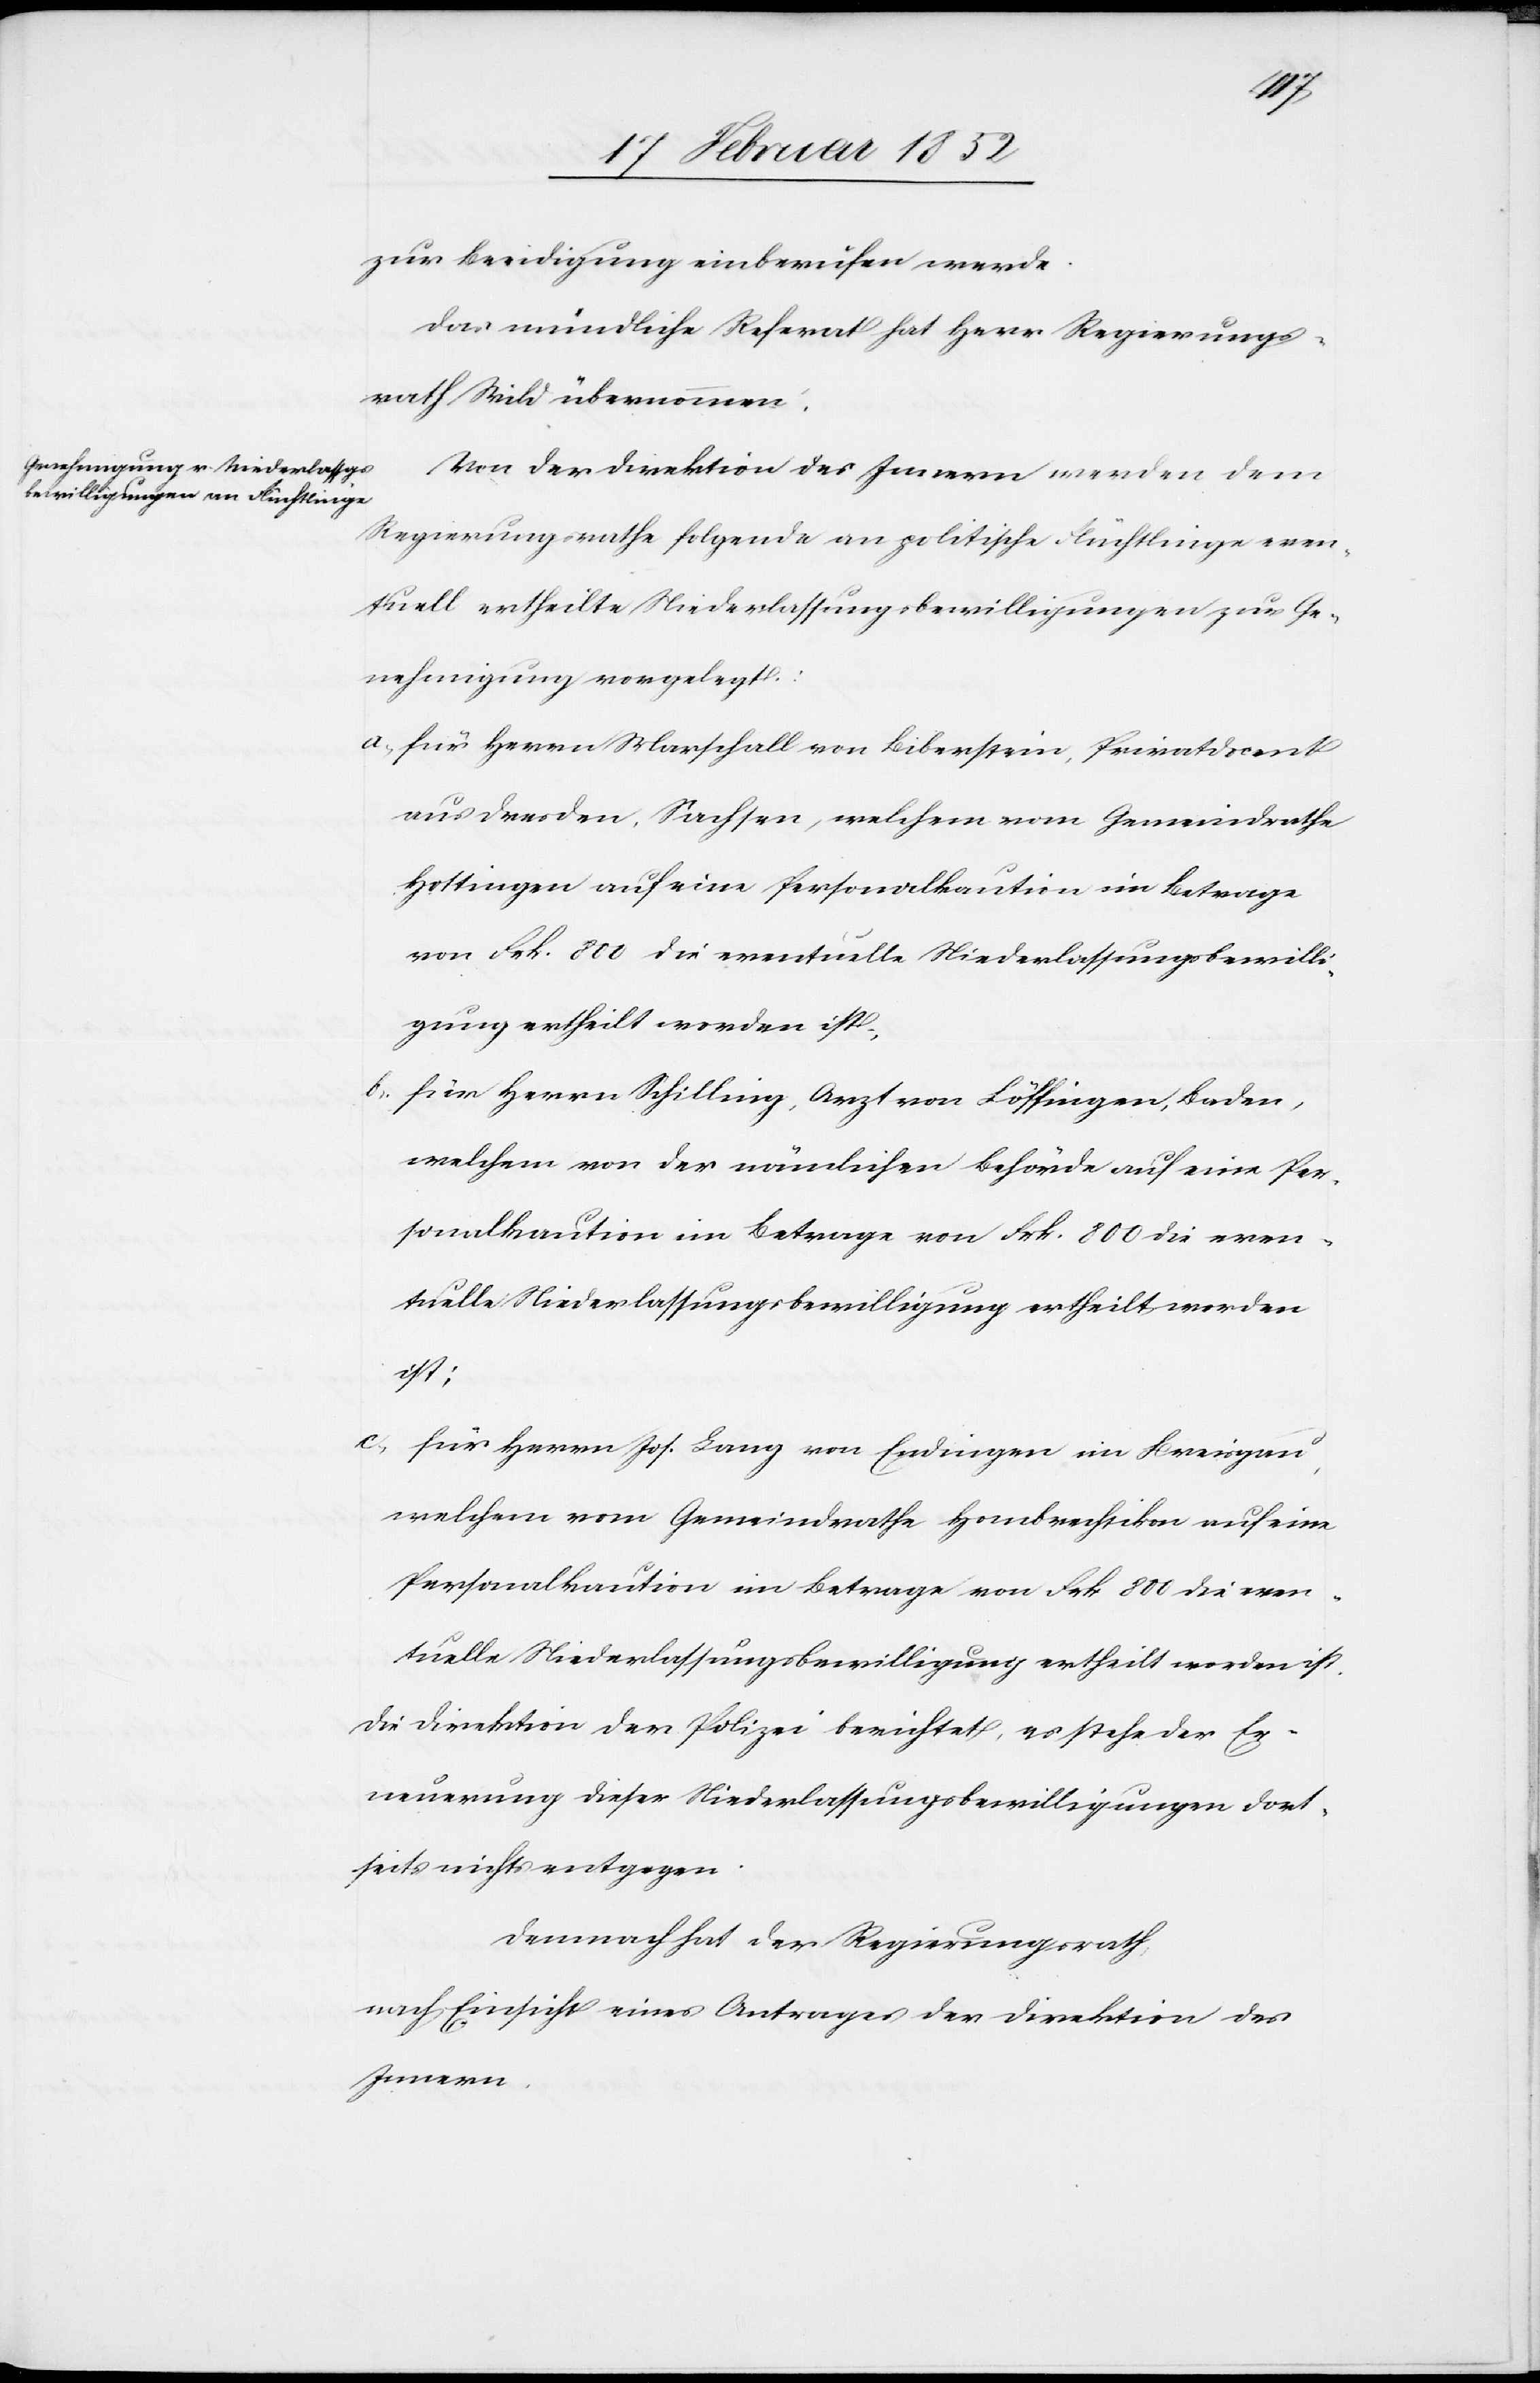
zur Beeidigung einberufen werde.
Das mündliche Referat hat Herr Regierungs¬
rath Vieli übernommen.
Von der Direktion des Innern werden dem
Regierungsrathe folgende an politische Flüchtlinge even¬
tuell ertheilte Niederlassungsbewilligungen zur Ge¬
nehmigung vorgelegt:
a.) für Herrn Marschall von Biberstein, Privatdocent
aus Dresden, Sachsen, welchem vom Gemeindrathe
Hottingen auf eine Personalkaution im Betrage
von Frk. 800 die eventuelle Niederlassungsbewilli¬
gung ertheilt worden ist.
b.) für Herrn Schilling, Arzt von Löffingen, Baden,
welchem von der nämlichen Behörde auf eine Per¬
sonalkaution im Betrage von Frk. 800. die even¬
tuelle Niederlassungsbewilligung ertheilt worden
ist.
c.)
für Herrn Jos. Lang von Endingen im Breisgau,
welchem von Gemeindrathe Hombrechtikon auf eine
Personalkaution im Betrage von Frk. 800 die even¬
Die Direktion der Polizei berichtet, es stehe der Er¬
neuerung dieser Niederlassungsbewilligungen dort¬
seits nichts entgegen.
Demnach hat der Regierungsrath,
nach Einsicht eines Antrages der Direktion des
Innern,